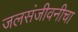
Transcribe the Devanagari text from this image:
जलसंजीवनीचा